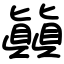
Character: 㒹